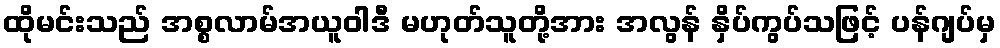
ထိုမင်းသည် အစ္စလာမ်အယူဝါဒီ မဟုတ်သူတို့အား အလွန် နှိပ်ကွပ်သဖြင့် ပန်ဂျပ်မှ